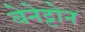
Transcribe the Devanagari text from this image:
बेनेट्टोन